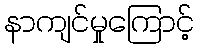
နာကျင်မှုကြောင့်